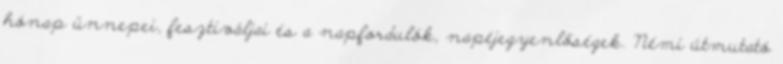
hónap ünnepei, fesztiváljai és a napfordulók, napéjegyenlőségek. Némi útmutató